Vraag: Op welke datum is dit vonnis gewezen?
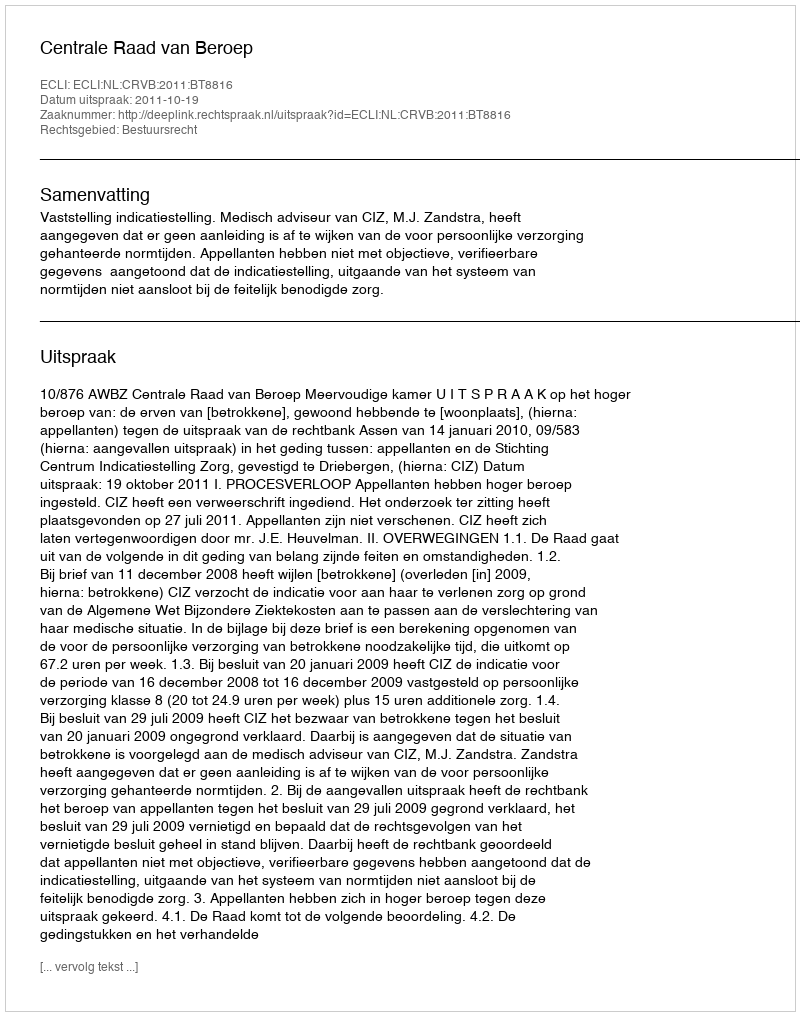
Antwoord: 2011-10-19